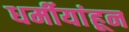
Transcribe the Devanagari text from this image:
धर्मीयांहून